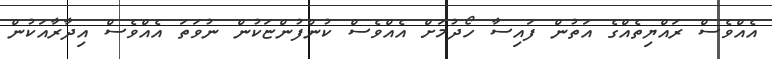
އެއްވެސް ރައްޔިތެއްގެ އަތުން ފައިސާ ހޯދުމަށް އެއްވެސް ކުންފުންޏަކުން ނުވަތަ އެއްވެސް އިދާރާއަކުން